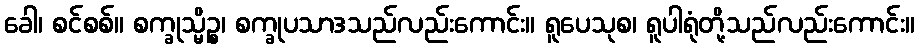
ခေါ၊ စင်စစ်။ စက္ခုသ္မိဉ္စ၊ စက္ခုပသာဒသည်လည်းကောင်း။ ရူပေသုစ၊ ရူပါရုံတို့သည်လည်းကောင်း။